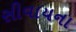
સીવાયના